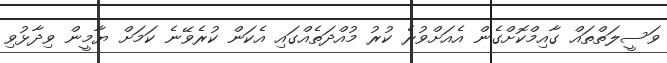
ވަސީލަތްތައް ގާއިމްކޮށްގެން އެއަށްވުރެ ކުރު މުއްދަތެއްގައި އެކަން ކުރެވޭނެ ކަމަށް ޔާމީން ވިދާޅުވި